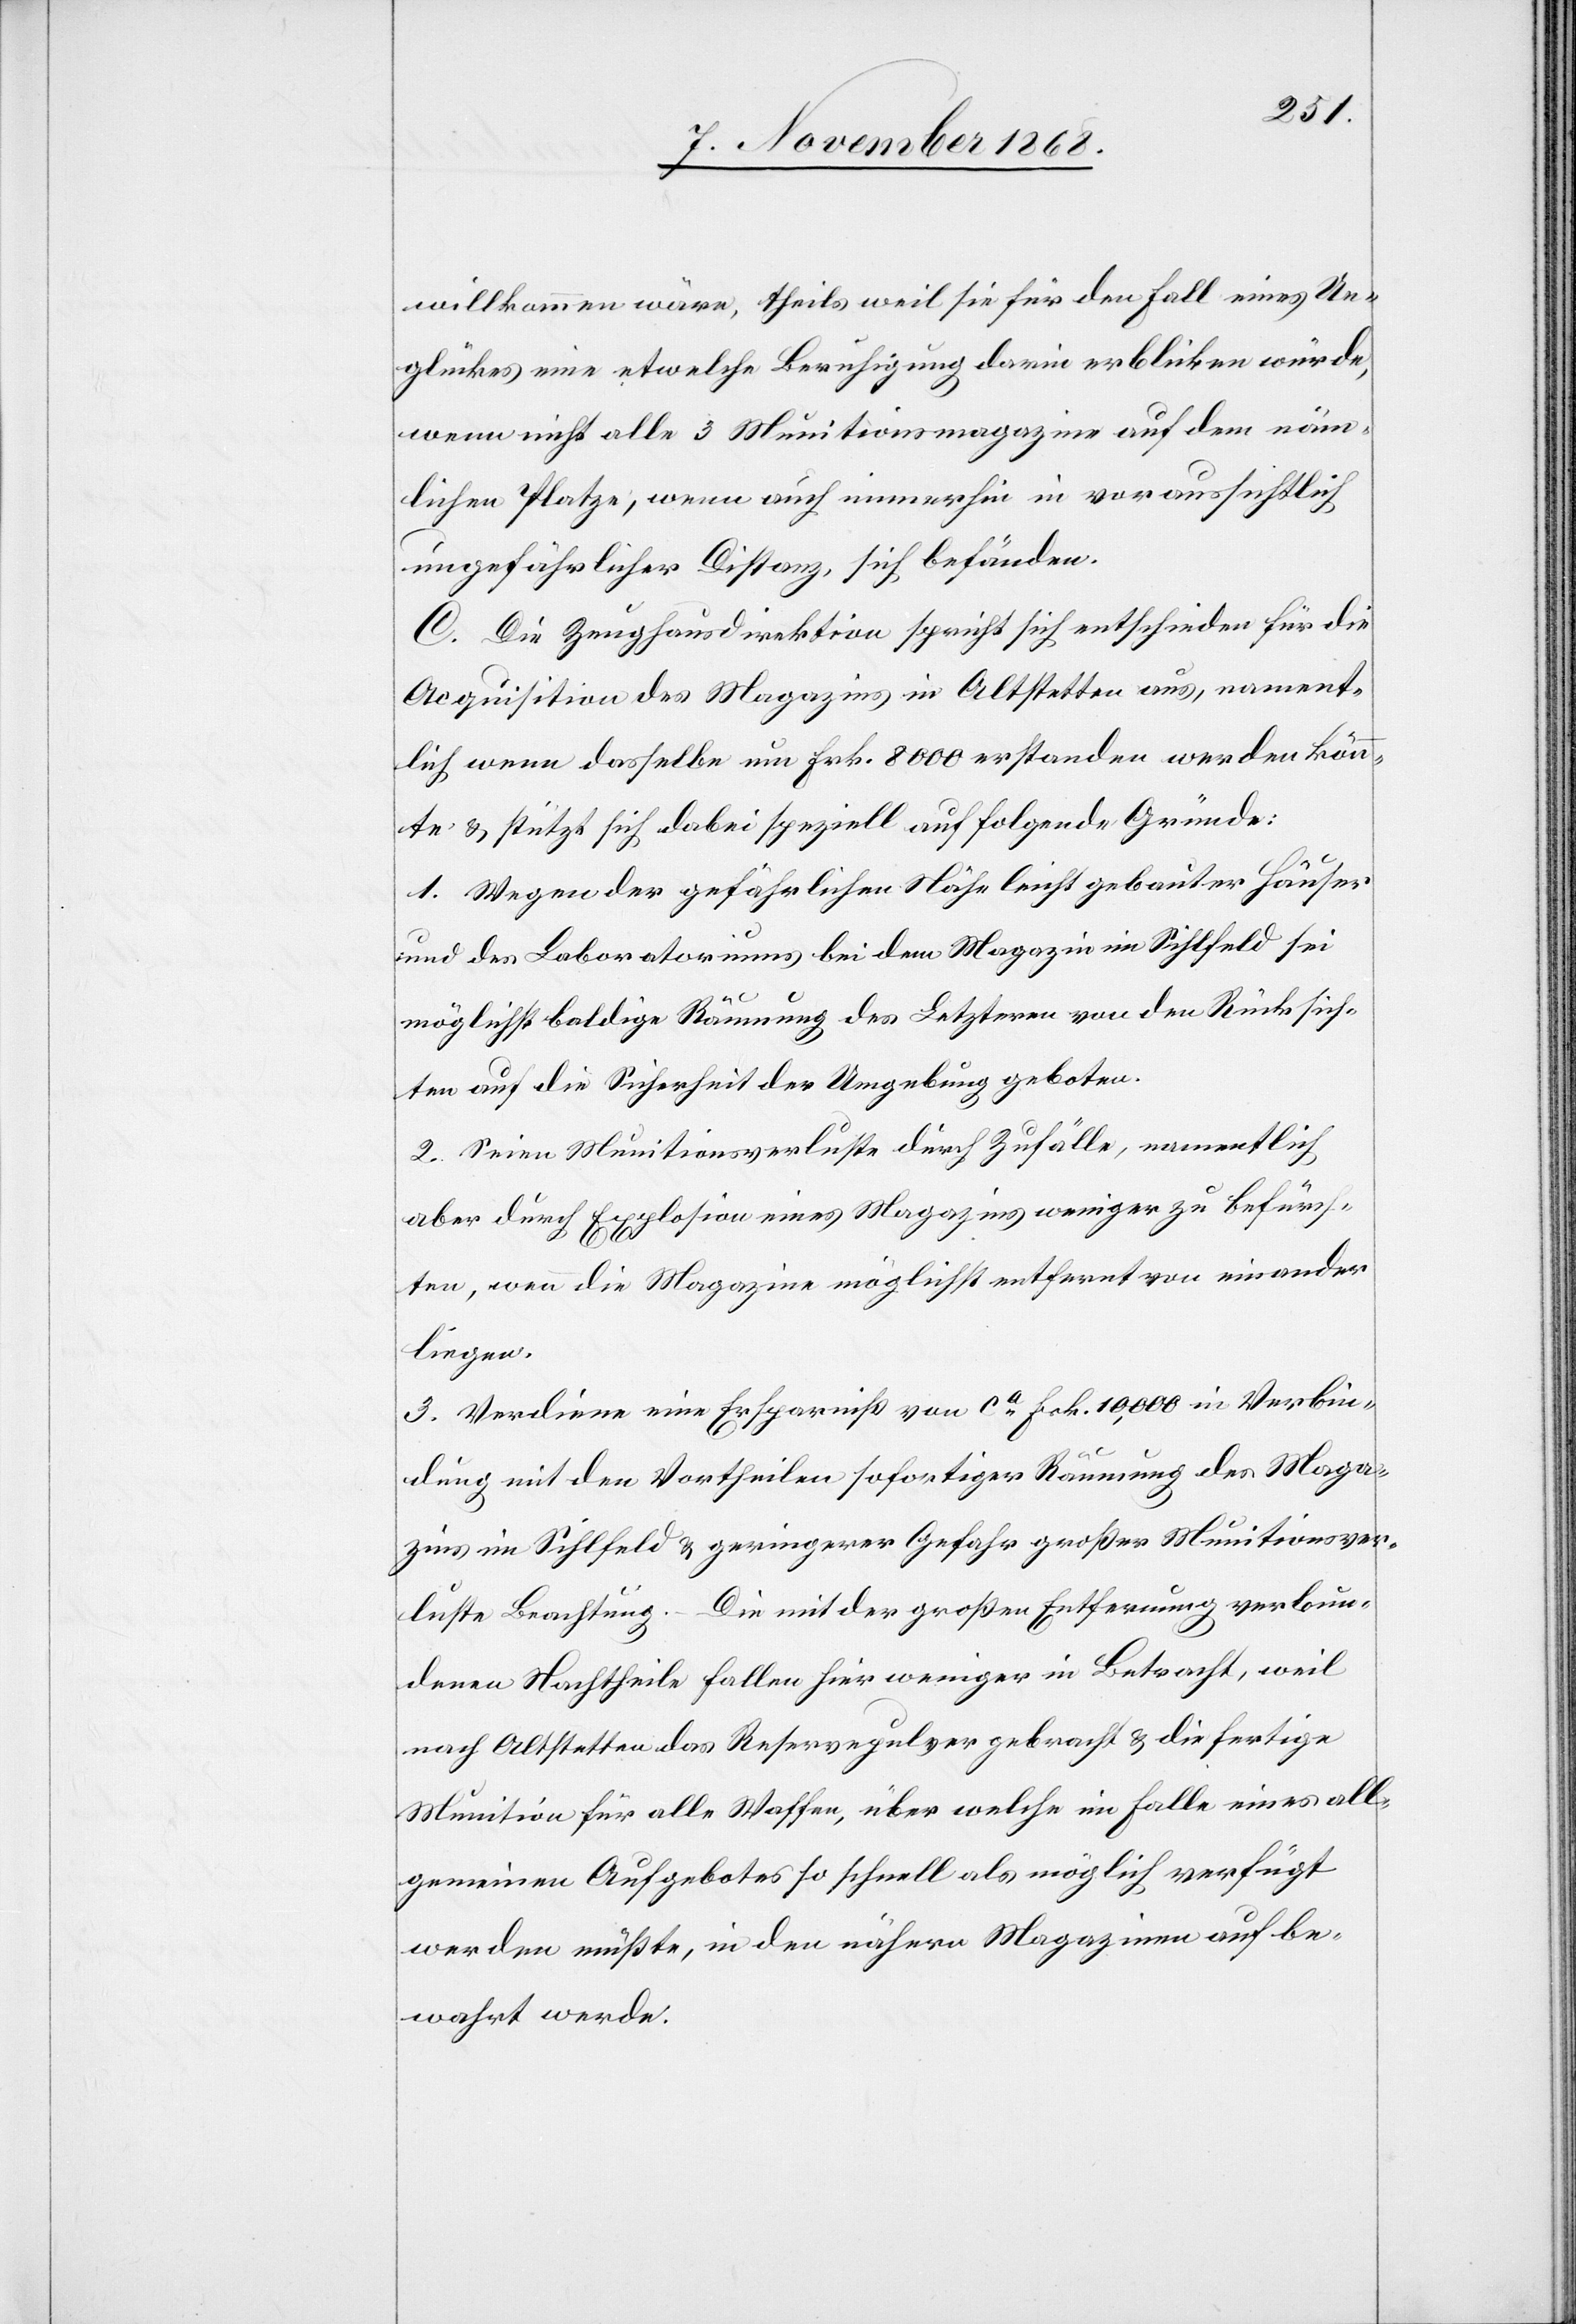
willkommen wäre, theils weil sie für den Fall eines Un¬
glückes eine etwelche Beruhigung darin erblicken würde,
wenn nicht alle 3 Munitionsmagazine auf dem näm¬
lichen Platze, wenn auch immerhin in voraussichtlich
ungefährlicher Distanz, sich befänden.
C. Die Zeughausdirektion spricht sich entschieden für die
Acquisition des Magazins in Altstetten aus, nament¬
lich wenn dasselbe um Frk. 8000 erstanden werden könn¬
te & stützt sich dabei speziell auf folgende Gründe:
1. Wegen der gefährlichen Nähe leicht gebauter Häuser
und des Laboratoriums bei dem Magazin im Sihlfeld sei
möglichst baldige Räumung des Letzteren von den Rücksich¬
ten auf die Sicherheit der Umgebung geboten.
2. Seien Munitionsverluste durch Zufälle, namentlich
aber durch Explosion eines Magazins weniger zu befürch¬
ten, wenn die Magazine möglichst entfernt von einander
liegen.
3. Verdiene eine Ersparniß von ca Frk. 10,000 in Verbin¬
dung mit den Vortheilen sofortiger Räumung des Maga¬
zins im Sihlfeld & geringerer Gefahr großer Munitionsver¬
luste Beachtung. – Die mit der großen Entfernung verbun¬
denen Nachtheile fallen hier weniger in Betracht, weil
nach Altstetten das Reservepulver gebracht & die fertige
Munition für alle Waffen, über welche im Falle eines all¬
gemeinen Aufgebotes so schnell als möglich verfügt
werden müßte, in den nähern Magazinen aufbe¬
wahrt werde.